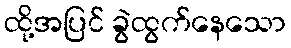
ထို့အပြင် ခွဲထွက်နေသော